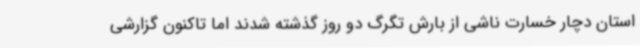
استان دچار خسارت ناشی از بارش تگرگ دو روز گذشته شدند اما تاکنون گزارشی